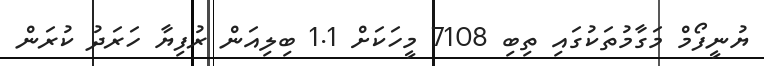
ޔުނީފޯމް މަގާމުތަކުގައި ތިބި 7108 މީހަކަށް 1.1 ބިލިއަން ރުފިޔާ ހަރަދު ކުރަން